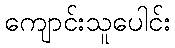
ကျောင်းသူပေါင်း